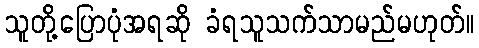
သူတို့ပြောပုံအရဆို ခံရသူသက်သာမည်မဟုတ်။